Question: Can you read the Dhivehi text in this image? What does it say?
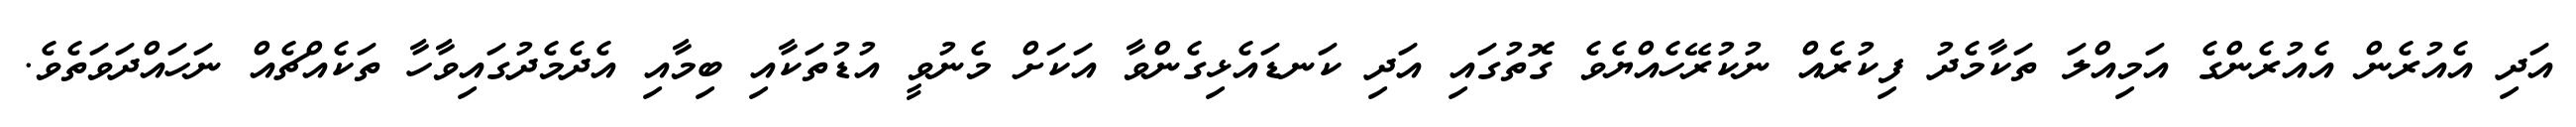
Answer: އަދި އެއުރެން އެއުރެންގެ އަމިއްލަ ތަކާމެދު ފިކުރެއް ނުކުރޭހެއްޔެވެ ގޮތުގައި އަދި ކަނޑައެޅިގެންވާ އަކަށް މެނުވީ އުޑުތަކާއި ބިމާއި އެދެމެދުގައިވާހާ ތަކެއްޗެއް ނަހައްދަވަތެވެ.